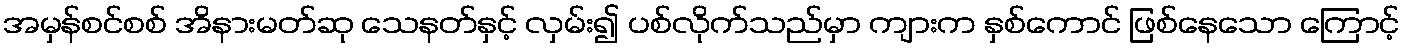
အမှန်စင်စစ် အိနားမတ်ဆု သေနတ်နှင့် လှမ်း၍ ပစ်လိုက်သည်မှာ ကျားက နှစ်ကောင် ဖြစ်နေသော ကြောင့်